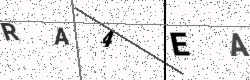
Text: RA4EA